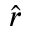
\hat { r }